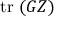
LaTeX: \mathrm { t r } \ ( G Z )